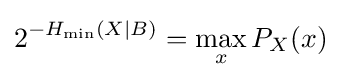
2^{-H_{\min }(X|B)}=\max _{x}P_{X}(x)~